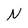
Character: N